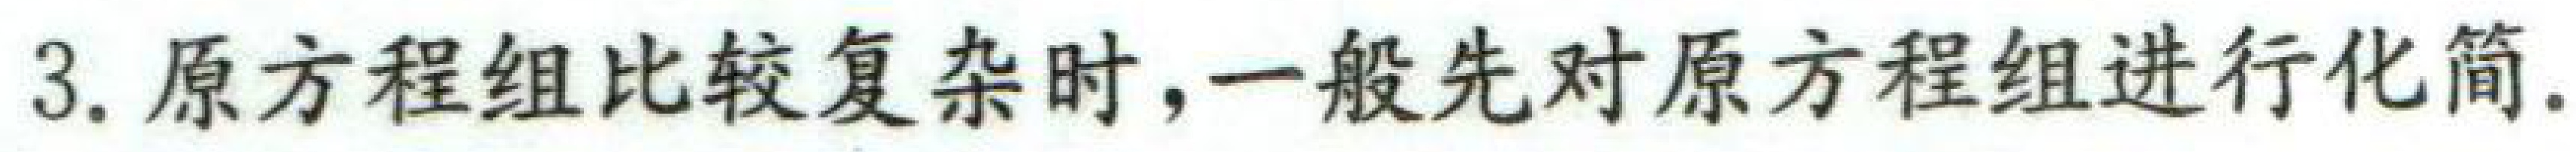
3. 原方程组比较复杂时,一般先对原方程组进行化简.